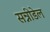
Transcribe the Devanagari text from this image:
सन्नीडेल